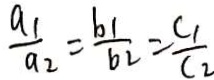
\frac { a _ { 1 } } { a _ { 2 } } = \frac { b _ { 1 } } { b _ { 2 } } = \frac { c _ { 1 } } { c _ { 2 } }